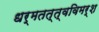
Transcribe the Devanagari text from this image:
धर्मतत्त्वविमर्श